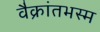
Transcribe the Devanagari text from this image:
वैक्रांतभस्म